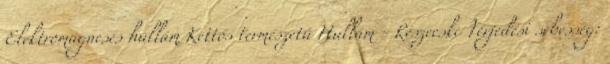
Elektromágneses hullám Kettős természetű Hullám - Részecske Terjedési sebesség: